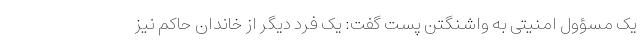
یک مسؤول امنیتی به واشنگتن پست گفت: یک فرد دیگر از خاندان حاکم نیز